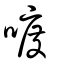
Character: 喥